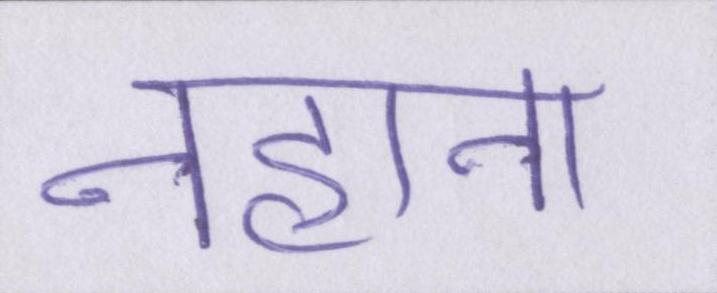
नहाना